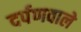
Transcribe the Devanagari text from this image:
दर्पणवाले